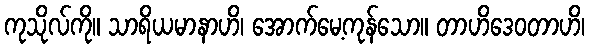
ကုသိုလ်ကို။ သာရိယမာနာဟိ၊ အောက်မေ့ကုန်သော။ တာဟိဒေဝတာဟိ၊